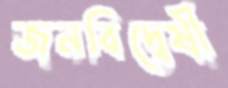
জনবিদ্বেষী